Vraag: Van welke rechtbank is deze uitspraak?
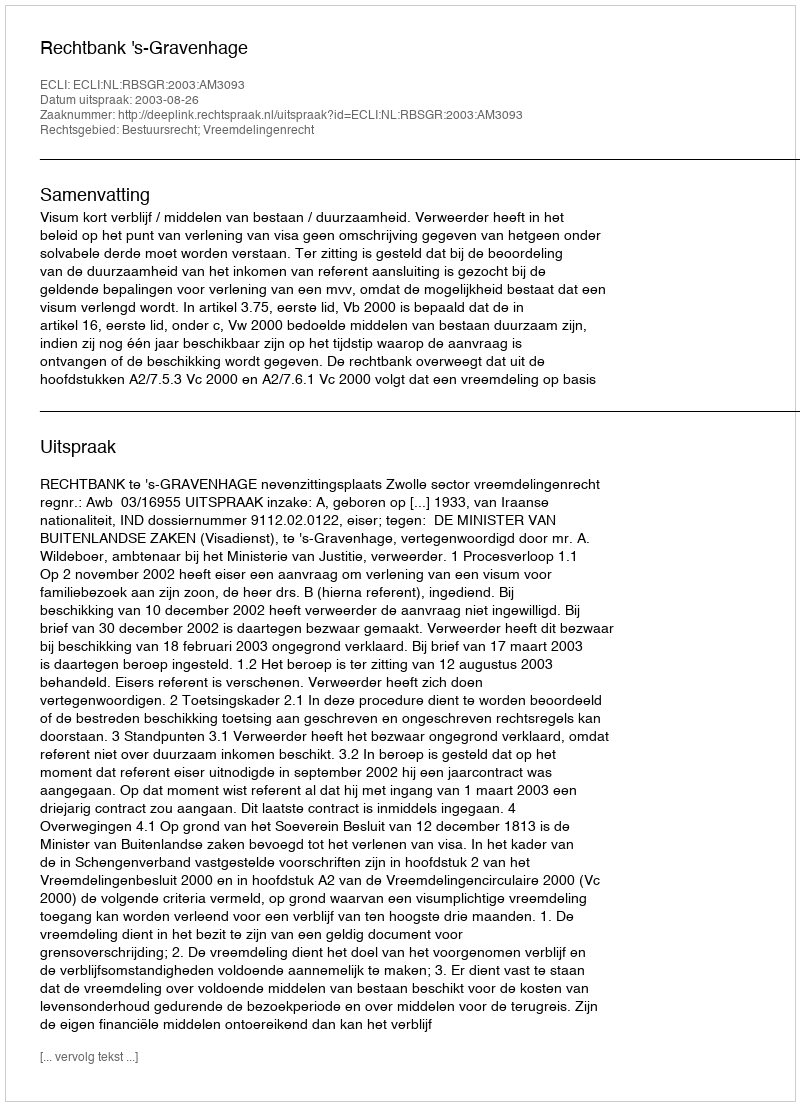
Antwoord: Rechtbank 's-Gravenhage